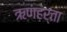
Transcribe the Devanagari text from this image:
ऋणहर्ता